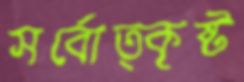
সর্বোত্কৃষ্ট